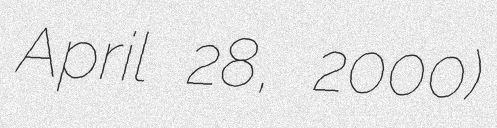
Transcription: April 28, 2000)